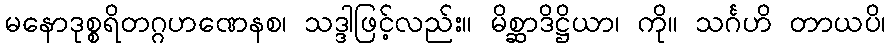
မနောဒုစ္စရိတဂ္ဂဟဏေနစ၊ သဒ္ဒါဖြင့်လည်း။ မိစ္ဆာဒိဋ္ဌိယာ၊ ကို။ သင်္ဂဟိ တာယပိ၊